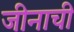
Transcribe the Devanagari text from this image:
जीनाची